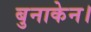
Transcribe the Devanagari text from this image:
बुनाकेन।